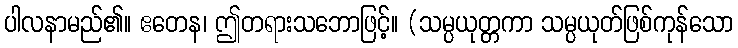
ပါလနာမည်၏။ ဧတေန၊ ဤတရားသဘောဖြင့်။ (သမ္ပယုတ္တကာ သမ္ပယုတ်ဖြစ်ကုန်သော